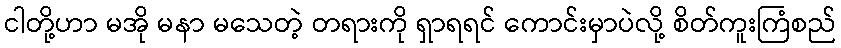
ငါတို့ဟာ မအို မနာ မသေတဲ့ တရားကို ရှာရရင် ကောင်းမှာပဲလို့ စိတ်ကူးကြံစည်